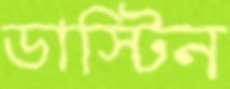
ডাস্টিন